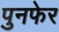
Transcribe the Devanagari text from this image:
पुनफेर